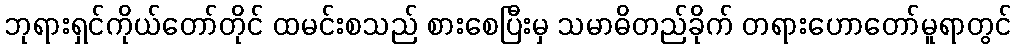
ဘုရားရှင်ကိုယ်တော်တိုင် ထမင်းစသည် စားစေပြီးမှ သမာဓိတည်ခိုက် တရားဟောတော်မူရာတွင်